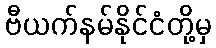
ဗီယက်နမ်နိုင်ငံတို့မှ